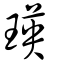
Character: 瑛